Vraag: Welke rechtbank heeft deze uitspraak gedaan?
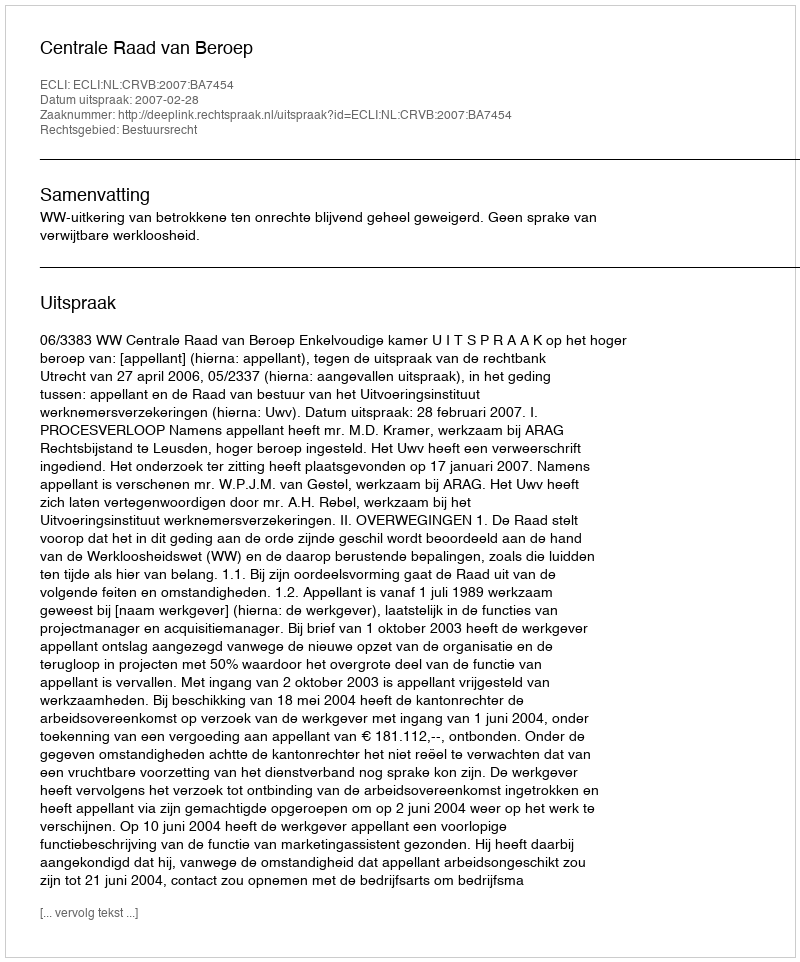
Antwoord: Centrale Raad van Beroep